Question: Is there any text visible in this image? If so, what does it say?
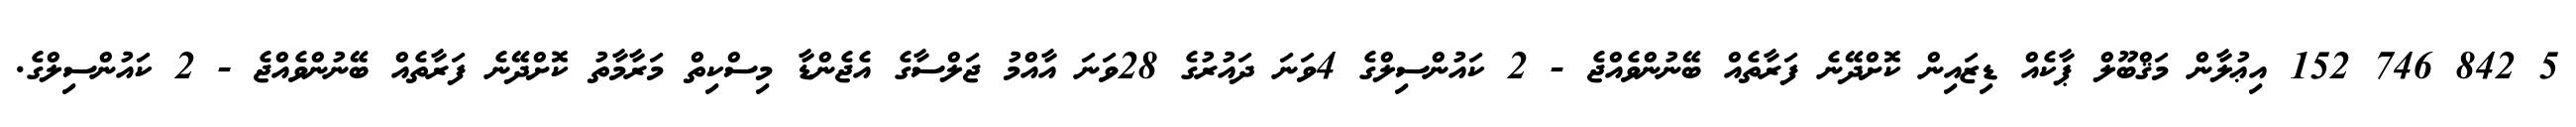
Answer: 5 842 746 152 އިޢުލާން މަޤްބޫލް ޕާކެއް ޑިޒައިން ކޮށްދޭނެ ފަރާތެއް ބޭނުންވެއްޖެ - 2 ކައުންސިލްގެ 4ވަނަ ދައުރުގެ 28ވަނަ އާއްމު ޖަލްސާގެ އެޖެންޑާ މިސްކިތް މަރާމާތު ކޮށްދޭނެ ފަރާތެއް ބޭނުންވެއްޖެ - 2 ކައުންސިލްގެ.